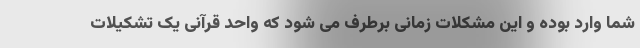
شما وارد بوده و این مشکلات زمانی برطرف می شود که واحد قرآنی یک تشکیلات